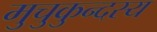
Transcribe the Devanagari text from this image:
मुचुकुन्दस्य